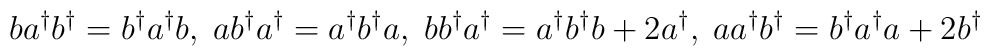
ba^{\dagger }b^{\dagger }=b^{\dagger }a^{\dagger }b, \; ab^{\dagger }a^{\dagger}=a^{\dagger }b^{\dagger }a, \; bb^{\dagger }a^{\dagger }=a^{\dagger }b^{\dagger}b+2a^{\dagger }, \; aa^{\dagger }b^{\dagger }=b^{\dagger }a^{\dagger }a+2b^{\dagger }